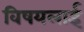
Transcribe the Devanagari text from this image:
विषयलाई